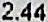
2.44